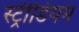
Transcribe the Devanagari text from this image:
स्ट्रीडियम